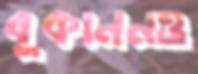
বুকাননও